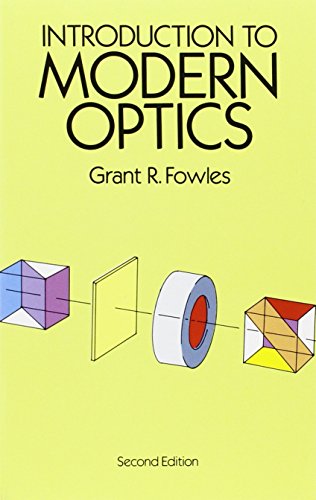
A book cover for Introduction to Modern Optics (Dover Books on Physics); Grant R. Fowles; Science & Math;